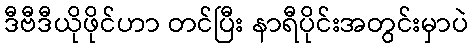
ဒီဗီဒီယိုဖိုင်ဟာ တင်ပြီး နာရီပိုင်းအတွင်းမှာပဲ